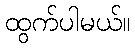
ထွက်ပါမယ်။